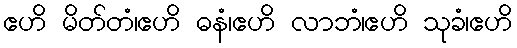
ဧဟိ မိတ်တံ၊ဧဟိ ဓနံ၊ဧဟိ လာဘံ၊ဧဟိ သုခံ၊ဧဟိ